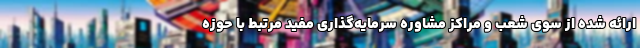
ارائه شده از سوی شعب و مراکز مشاوره سرمایه‌گذاری مفید مرتبط با حوزه